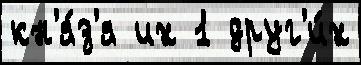
кн'я́з'я их 1 друг'и́х